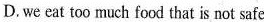
D,we eat too much food that is not safe